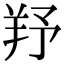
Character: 𦍗